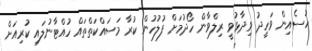
ހުސެއިން ވަހީދު ވިދާޅުވީ ރިލްވާން ހޯދުމަށް ފުލުހުން ކުރާ މަސައްކަތްތައް ހުއްޓާނުލައި ކުރިއަށް